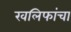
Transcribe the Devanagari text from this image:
खलिफांचा